画像に写った文字を読んでください
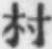
「村」と書いてあります